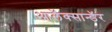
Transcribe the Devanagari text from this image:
आलॅक्सान्डॅर